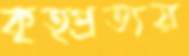
কৃত্প্রত্যয়